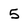
Character: 5